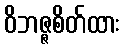
ဝိဘဇ္ဇစိတ်ထား